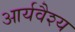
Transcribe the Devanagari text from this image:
आर्यवैश्‍य